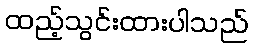
ထည့်သွင်းထားပါသည်